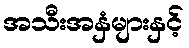
အသီးအနှံများနှင့်